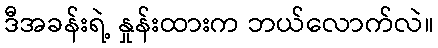
ဒီအခန်းရဲ့ နှုန်းထားက ဘယ်လောက်လဲ။